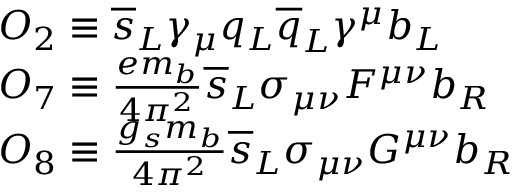
\begin{array} { l } { { O _ { 2 } \equiv \overline { { { s } } } _ { L } \gamma _ { \mu } q _ { L } \overline { { { q } } } _ { L } \gamma ^ { \mu } b _ { L } \, \nonumber } } \\ { { O _ { 7 } \equiv { \frac { e m _ { b } } { 4 \pi ^ { 2 } } } \overline { { { s } } } _ { L } \sigma _ { \mu \nu } F ^ { \mu \nu } b _ { R } \, \nonumber } } \\ { { O _ { 8 } \equiv { \frac { g _ { s } m _ { b } } { 4 \pi ^ { 2 } } } \overline { { { s } } } _ { L } \sigma _ { \mu \nu } G ^ { \mu \nu } b _ { R } } } \end{array}